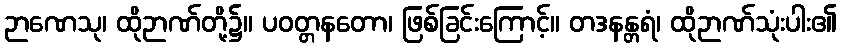
ဉာဏေသု၊ ထိုဉာဏ်တို့၌။ ပဝတ္တနတော၊ ဖြစ်ခြင်းကြောင့်။ တဒနန္တရံ၊ ထိုဉာဏ်သုံးပါး၏